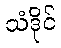
သံဒိုင်